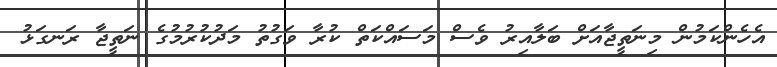
އެހެންކަމުން މިނަތީޖާއަށް ބަލާއިރު ވެސް މަސައްކަތް ކުރާ ވަގުތު މަދުކުރުމުގެ ނަތީޖާ ރަނގަޅު